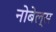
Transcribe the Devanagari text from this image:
नोबेल्स